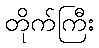
တိုက်ကြီး